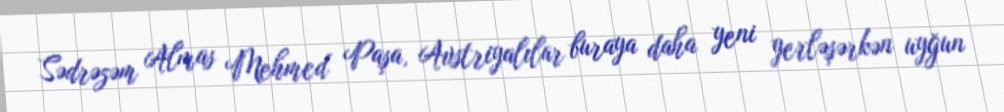
Sədrəzəm Almas Mehmed Paşa, Avstriyalılar buraya daha yeni yerləşərkən uyğun